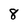
Character: 8